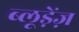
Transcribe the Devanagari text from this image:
ब्लूड़ेंज़